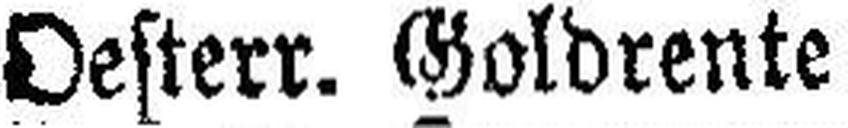
Oesterr. Goldrente